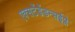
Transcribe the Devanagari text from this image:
एक्सटेंडेंडन्सईप्ले